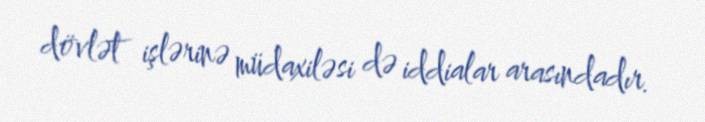
dövlət işlərinə müdaxiləsi də iddialar arasındadır.